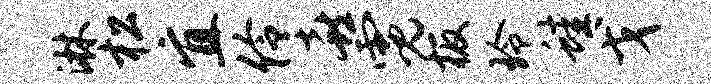
淋松宜伶喜霓板玲蛙戈